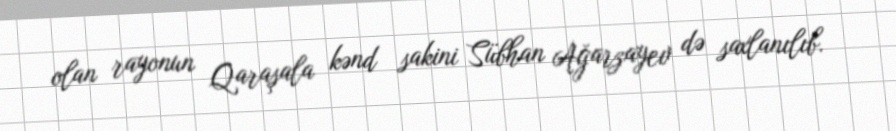
olan rayonun Qaraşala kənd sakini Sübhan Ağarzayev də saxlanılıb.